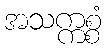
အသက္ကစ္စံ